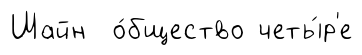
Шайн о́бщество четы́р'е